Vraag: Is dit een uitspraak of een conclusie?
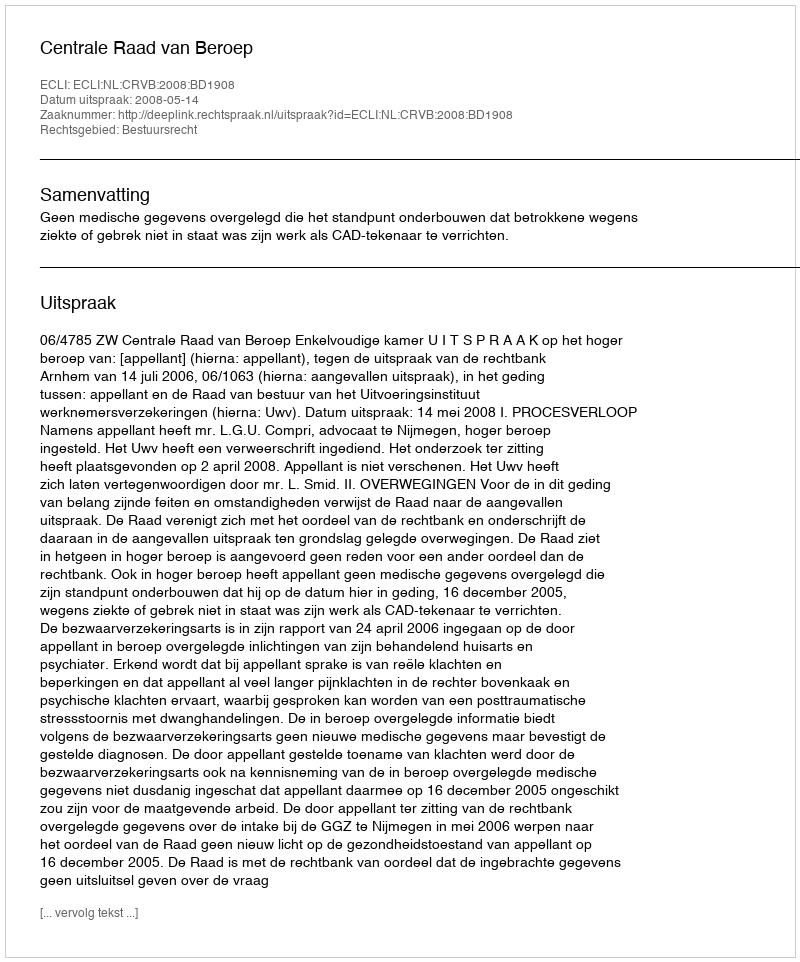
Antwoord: Uitspraak